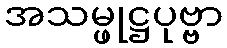
အသမ္ဖုဋ္ဌပုဗ္ဗာ